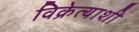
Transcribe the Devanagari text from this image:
विक्रेत्याशी